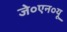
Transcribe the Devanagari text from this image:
जे०एन०यू